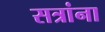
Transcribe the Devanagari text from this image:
सत्रांना